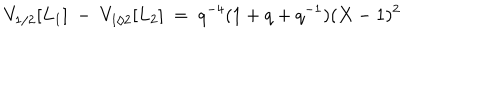
V _ { 1 / 2 } [ L _ { 1 } ] ~ - ~ V _ { 1 / 2 } [ L _ { 2 } ] ~ = ~ q ^ { - 4 } ( 1 + q + q ^ { - 1 } ) ( X - 1 ) ^ { 2 }